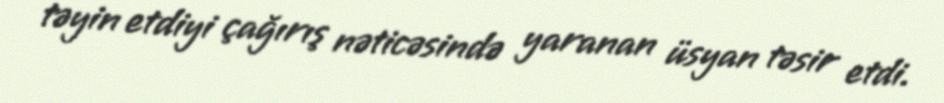
təyin etdiyi çağırış nəticəsində yaranan üsyan təsir etdi.